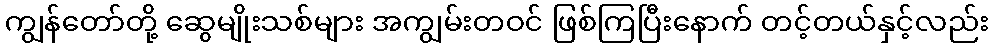
ကျွန်တော်တို့ ဆွေမျိုးသစ်များ အကျွမ်းတဝင် ဖြစ်ကြပြီးနောက် တင့်တယ်နှင့်လည်း